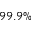
9 9 . 9 \%